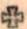
+